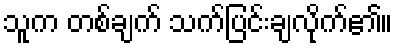
သူက တစ်ချက် သက်ပြင်းချလိုက်၏။